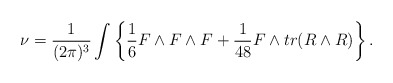
\begin{align*}\nu={1\over (2\pi)^3} \int \left\{ {1\over 6}F\wedge F\wedge F+{1\over 48} F\wedge tr(R\wedge R)\right\}.\end{align*}